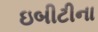
ઇબીટીના